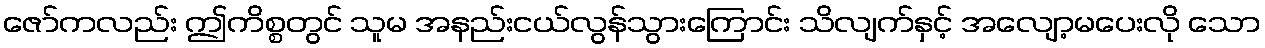
ဇော်ကလည်း ဤကိစ္စတွင် သူမ အနည်းငယ်လွန်သွားကြောင်း သိလျက်နှင့် အလျော့မပေးလို သော